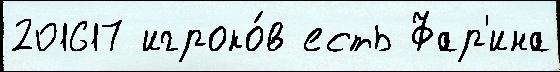
201617 игроко́в есть Фар'ина